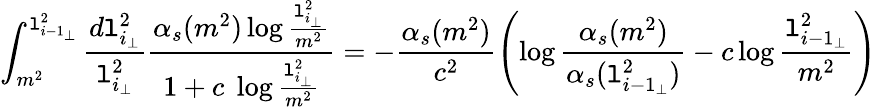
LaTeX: \int_{m^{2}}^{\mathtt{l}_{{i-1}_{\perp}}^{2}}\frac{{d\mathtt{l}_{{i}_{\perp}}^{2}}}{{\mathtt{l}_{{i}_{\perp}}^{2}}}\frac{{\alpha_{s}(m^{2})\log\frac{{\mathtt{l}_{{i}_{\perp}}^{2}}}{{m^{2}}}}}{{1+c\; \log\frac{{\mathtt{l}_{{i}_{\perp}}^{2}}}{{m^{2}}}}}=-\frac{{\alpha_{s}(m^{2})}}{{c^{2}}}\left(\log\frac{{\alpha_{s}(m^{2})}}{{\alpha_{s}(\mathtt{l}_{{i-1}_{\perp}}^{2})}}-c\log\frac{{\mathtt{l}_{{i-1}_{\perp}}^{2}}}{{m^{2}}}\right)